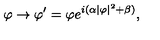
\varphi \rightarrow \varphi ^ { \prime } = \varphi e ^ { i ( \alpha | \varphi | ^ { 2 } + \beta ) } ,